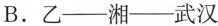
B.乙——湘——武汉